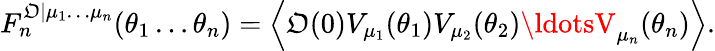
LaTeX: F_{n}^{{\cal\mathfrak{O}}|\mu_{1}\ldots\mu_{n}}(\theta_{1}\ldots\theta_{n})=\left\langle{\cal\mathfrak{O}}(0)V_{\mu_{1}}(\theta_{1})V_{\mu_{2}}(\theta_{2})\ldotsV_{\mu_{n}}(\theta_{n})\right\rangle.